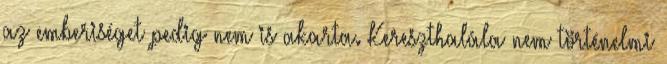
az emberiséget pedig nem is akarta. Kereszthalála nem történelmi